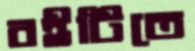
বইটিতে